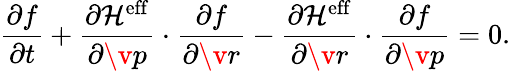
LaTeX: \frac{\partial f}{\partial t}+\frac{\partial\mathcal{H}^{\mathrm{eff}}}{\partial\v{p}}\cdot\frac{\partial f}{\partial\v{r}}-\frac{\partial\mathcal{H}^{\mathrm{eff}}}{\partial\v{r}}\cdot\frac{\partial f}{\partial\v{p}}=0.